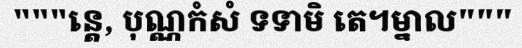
"""ន្តេ, បុណ្ណកំសំ ទទាមិ តេ។ម្នាល"""